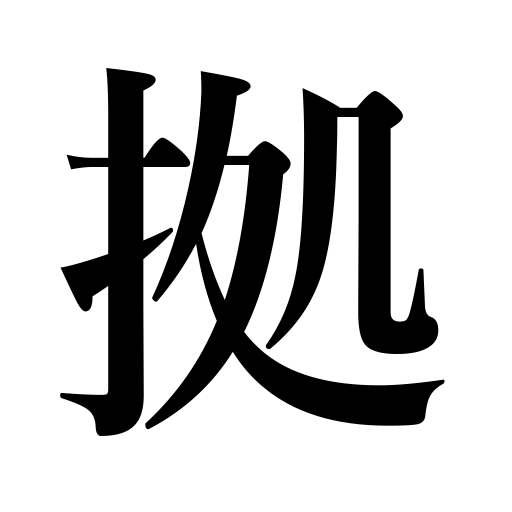
Meanings: be based on,follow